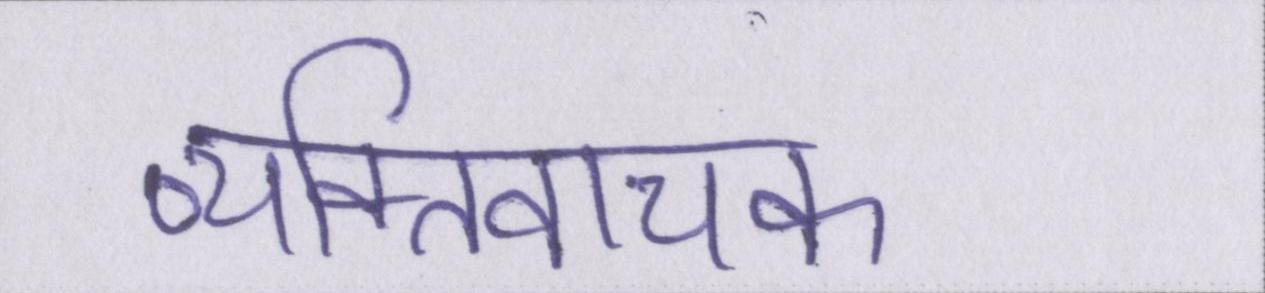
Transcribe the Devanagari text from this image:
व्यक्तिवाचक